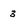
Character: 3